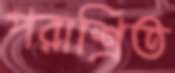
পরাশ্রিত